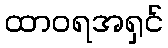
ထာဝရအရှင်